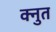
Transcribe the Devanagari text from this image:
क्नुत